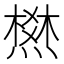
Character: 𰟛